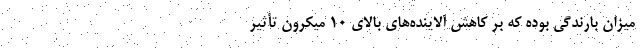
میزان بارندگی‌ بوده که بر کاهش آلاینده‌های بالای ۱۰ میکرون تأثیر